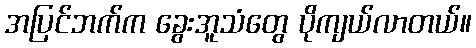
အပြင်ဘက်က ခွေးအူသံတွေ ပိုကျယ်လာတယ်။